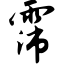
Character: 霈